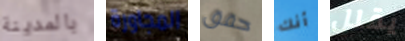
بالمدينة المجاورة حقق أنك يقلل